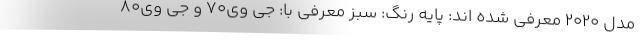
مدل 2020 معرفی شده اند: پایه رنگ: سبز معرفی با: جی وی70 و جی وی80